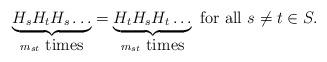
LaTeX: \begin{align*} \underbrace{H_sH_tH_s \ldots}_{m_{st}\mbox{ times} } = \underbrace{H_tH_sH_t \ldots }_{m_{st} \mbox{ times} } \mbox{ for all } s\neq t \in S.\end{align*}